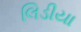
લિડીયા